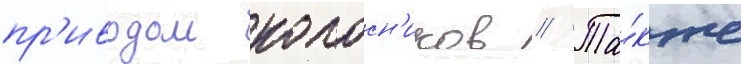
пр'иводом колосн'иков // Та́кже